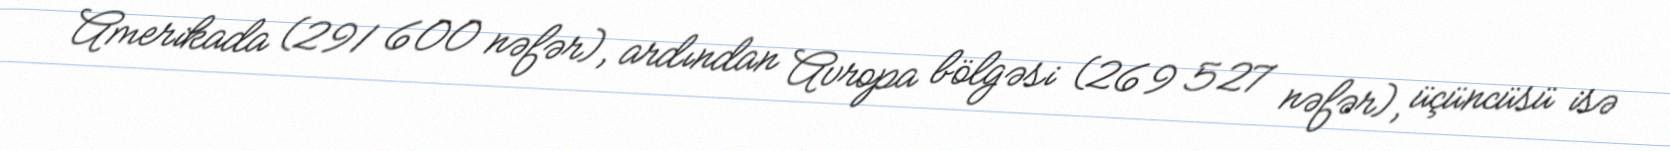
Amerikada (291 600 nəfər), ardından Avropa bölgəsi (269 527 nəfər), üçüncüsü isə